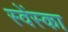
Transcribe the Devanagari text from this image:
स्वेंस्का